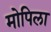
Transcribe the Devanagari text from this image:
मोपिला